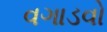
વગાડવો